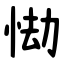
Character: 㤼